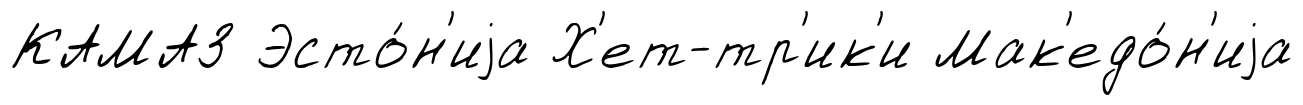
КАМАЗ Эсто́н'иjа Х'ет-тр'ик'и Мак'едо́н'иjа